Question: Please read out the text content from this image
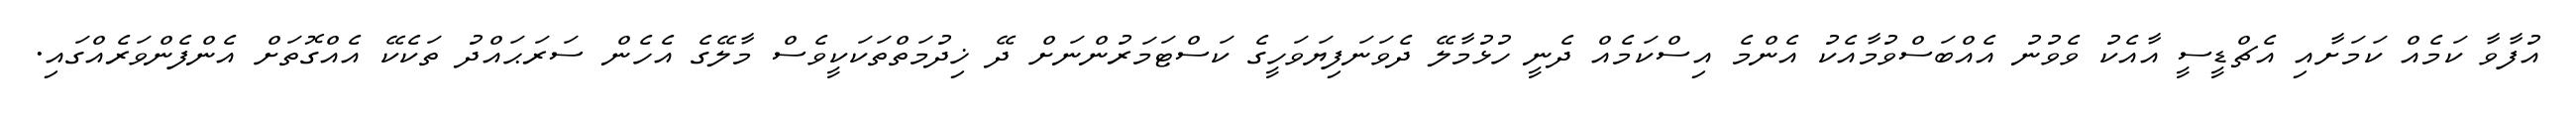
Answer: އުފާވާ ކަމެއް ކަމަށާއި އެޗްޑީސީ އާއެކު ވެވުނު އެއްބަސްވުމާއެކު އެންމެ އިސްކަމެއް ދެނީ ހުޅުމާލޭ ދެވަނަފިޔަވަހީގެ ކަސްޓަމަރުންނަށް ދޭ ޚިދުމަތްތަކަކީވެސް މާލޭގެ އެހެން ސަރަޙައްދު ތަކެކޭ އެއްގޮތަށް އެންފެންވަރެއްގައި.